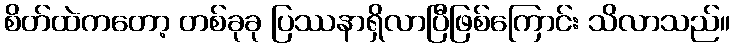
စိတ်ထဲကတော့ တစ်ခုခု ပြဿနာရှိလာပြီဖြစ်ကြောင်း သိလာသည်။